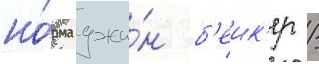
но́рма джи́н б'еик'ер /